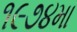
૧૯૭૪મા